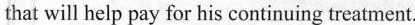
that will help pay for his continuing treatment.